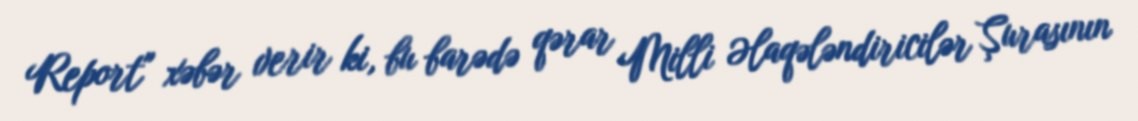
Report" xəbər verir ki, bu barədə qərar Milli Əlaqələndiricilər Şurasının